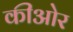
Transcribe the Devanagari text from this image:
कीओर